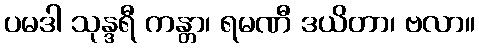
ပမဒါ သုန္ဒရီ ကန္တာ၊ ရမဏီ ဒယိတာ၊ ဗလာ။